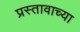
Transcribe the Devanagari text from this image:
प्रस्तावाच्या